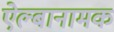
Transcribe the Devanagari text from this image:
ऐल्बानामक